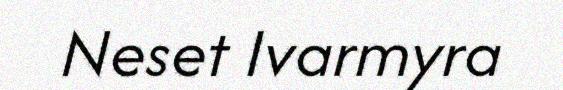
Neset Ivarmyra